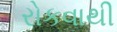
રોકવાથી